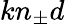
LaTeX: kn_{\pm}d